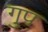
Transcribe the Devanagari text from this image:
गु्प